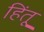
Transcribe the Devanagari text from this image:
हिंतू